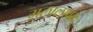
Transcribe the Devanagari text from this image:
मलालावर